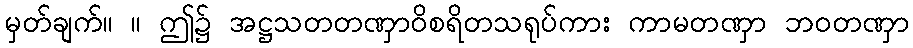
မှတ်ချက်။ ။ ဤ၌ အဋ္ဌသတတဏှာဝိစရိတသရုပ်ကား ကာမတဏှာ ဘဝတဏှာ